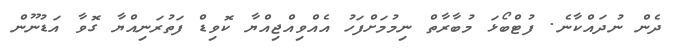
ދެން ނުދައްކާނެ. ފުޓްބޯޅަ މުބާރާތް ނިމުމަށްފަހު އެއްވިއްޖިއްޔާ ކޮވިޑް ފަތުރަނިއްޔާ ގޮވާ އަޑުނޫން